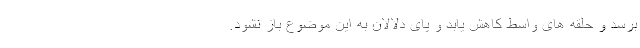
برسد و حلقه های واسط کاهش یابد و پای دلالان به این موضوع باز نشود.